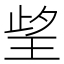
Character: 𱮻